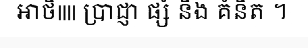
អាថិ|||| ប្រាជ្ញា ផ្សំ នឹង គំនិត ។